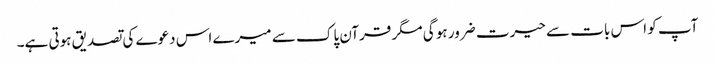
آپ کو اس بات سے حیرت ضرور ہو گی مگر قرآن پاک سے میرے اس دعوے کی تصدیق ہوتی ہے۔